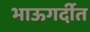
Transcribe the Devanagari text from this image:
भाऊगर्दीत